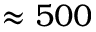
\approx 5 0 0